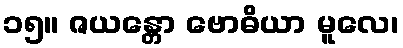
၁၅။ ဇယန္တော ဗောဓိယာ မူလေ၊